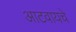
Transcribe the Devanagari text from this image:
आटवायचे